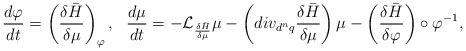
\begin{align*}\frac{d\varphi }{dt}=\left( \frac{\delta \bar{H}}{\delta \mu}\right)_{\varphi },\ \ \frac{d\mu }{dt}=-\mathcal{L}_{\frac{\delta \bar{H}}{\delta \mu }}\mu -\left( div_{d^{n}q}\frac{\delta \bar{H}}{\delta \mu }\right) \mu -\left( \frac{\delta \bar{H}}{\delta \varphi }\right)\circ \varphi ^{-1}, \end{align*}